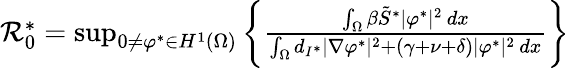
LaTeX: \begin{array}{r}{\mathcal{R}_{0}^{*}=\operatorname*{sup}_{0\neq\varphi^{*}\in H^{1}(\Omega)}\left\{ \frac{\int_{\Omega}\beta\tilde{S}^{*}|\varphi^{*}|^{2}\, dx}{\int_{\Omega}d_{I^{*}}|\nabla\varphi^{*}|^{2}+(\gamma+\nu+\delta)|\varphi^{*}|^{2}\, dx}\right\} }\end{array}